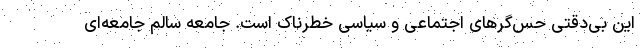
این بی‌دقتی حس‌گرهای اجتماعی و سیاسی خطرناک است. جامعه سالم جامعه‌ای